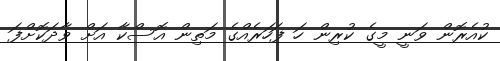
ކުއެރޮން ވަނީ މީގެ ކުރިން ހަ ފަހަރެއްގެ މަތިން އޮސްކާ އަށް ވާދަކޮށްފަ